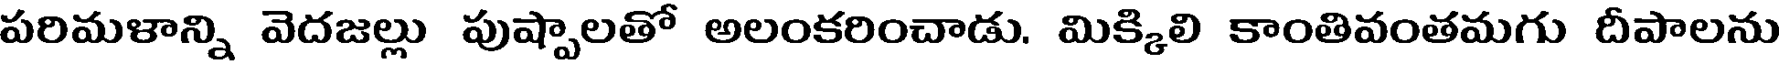
పరిమళాన్ని వెదజల్లు పుష్పాలతో అలంకరించాడు. మిక్కిలి కాంతివంతమగు దీపాలను